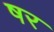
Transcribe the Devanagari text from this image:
षर